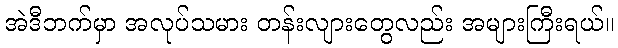
အဲဒီဘက်မှာ အလုပ်သမား တန်းလျားတွေလည်း အများကြီးရယ်။